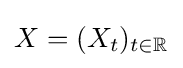
X=(X_{t})_{t\in \mathbb {R} }